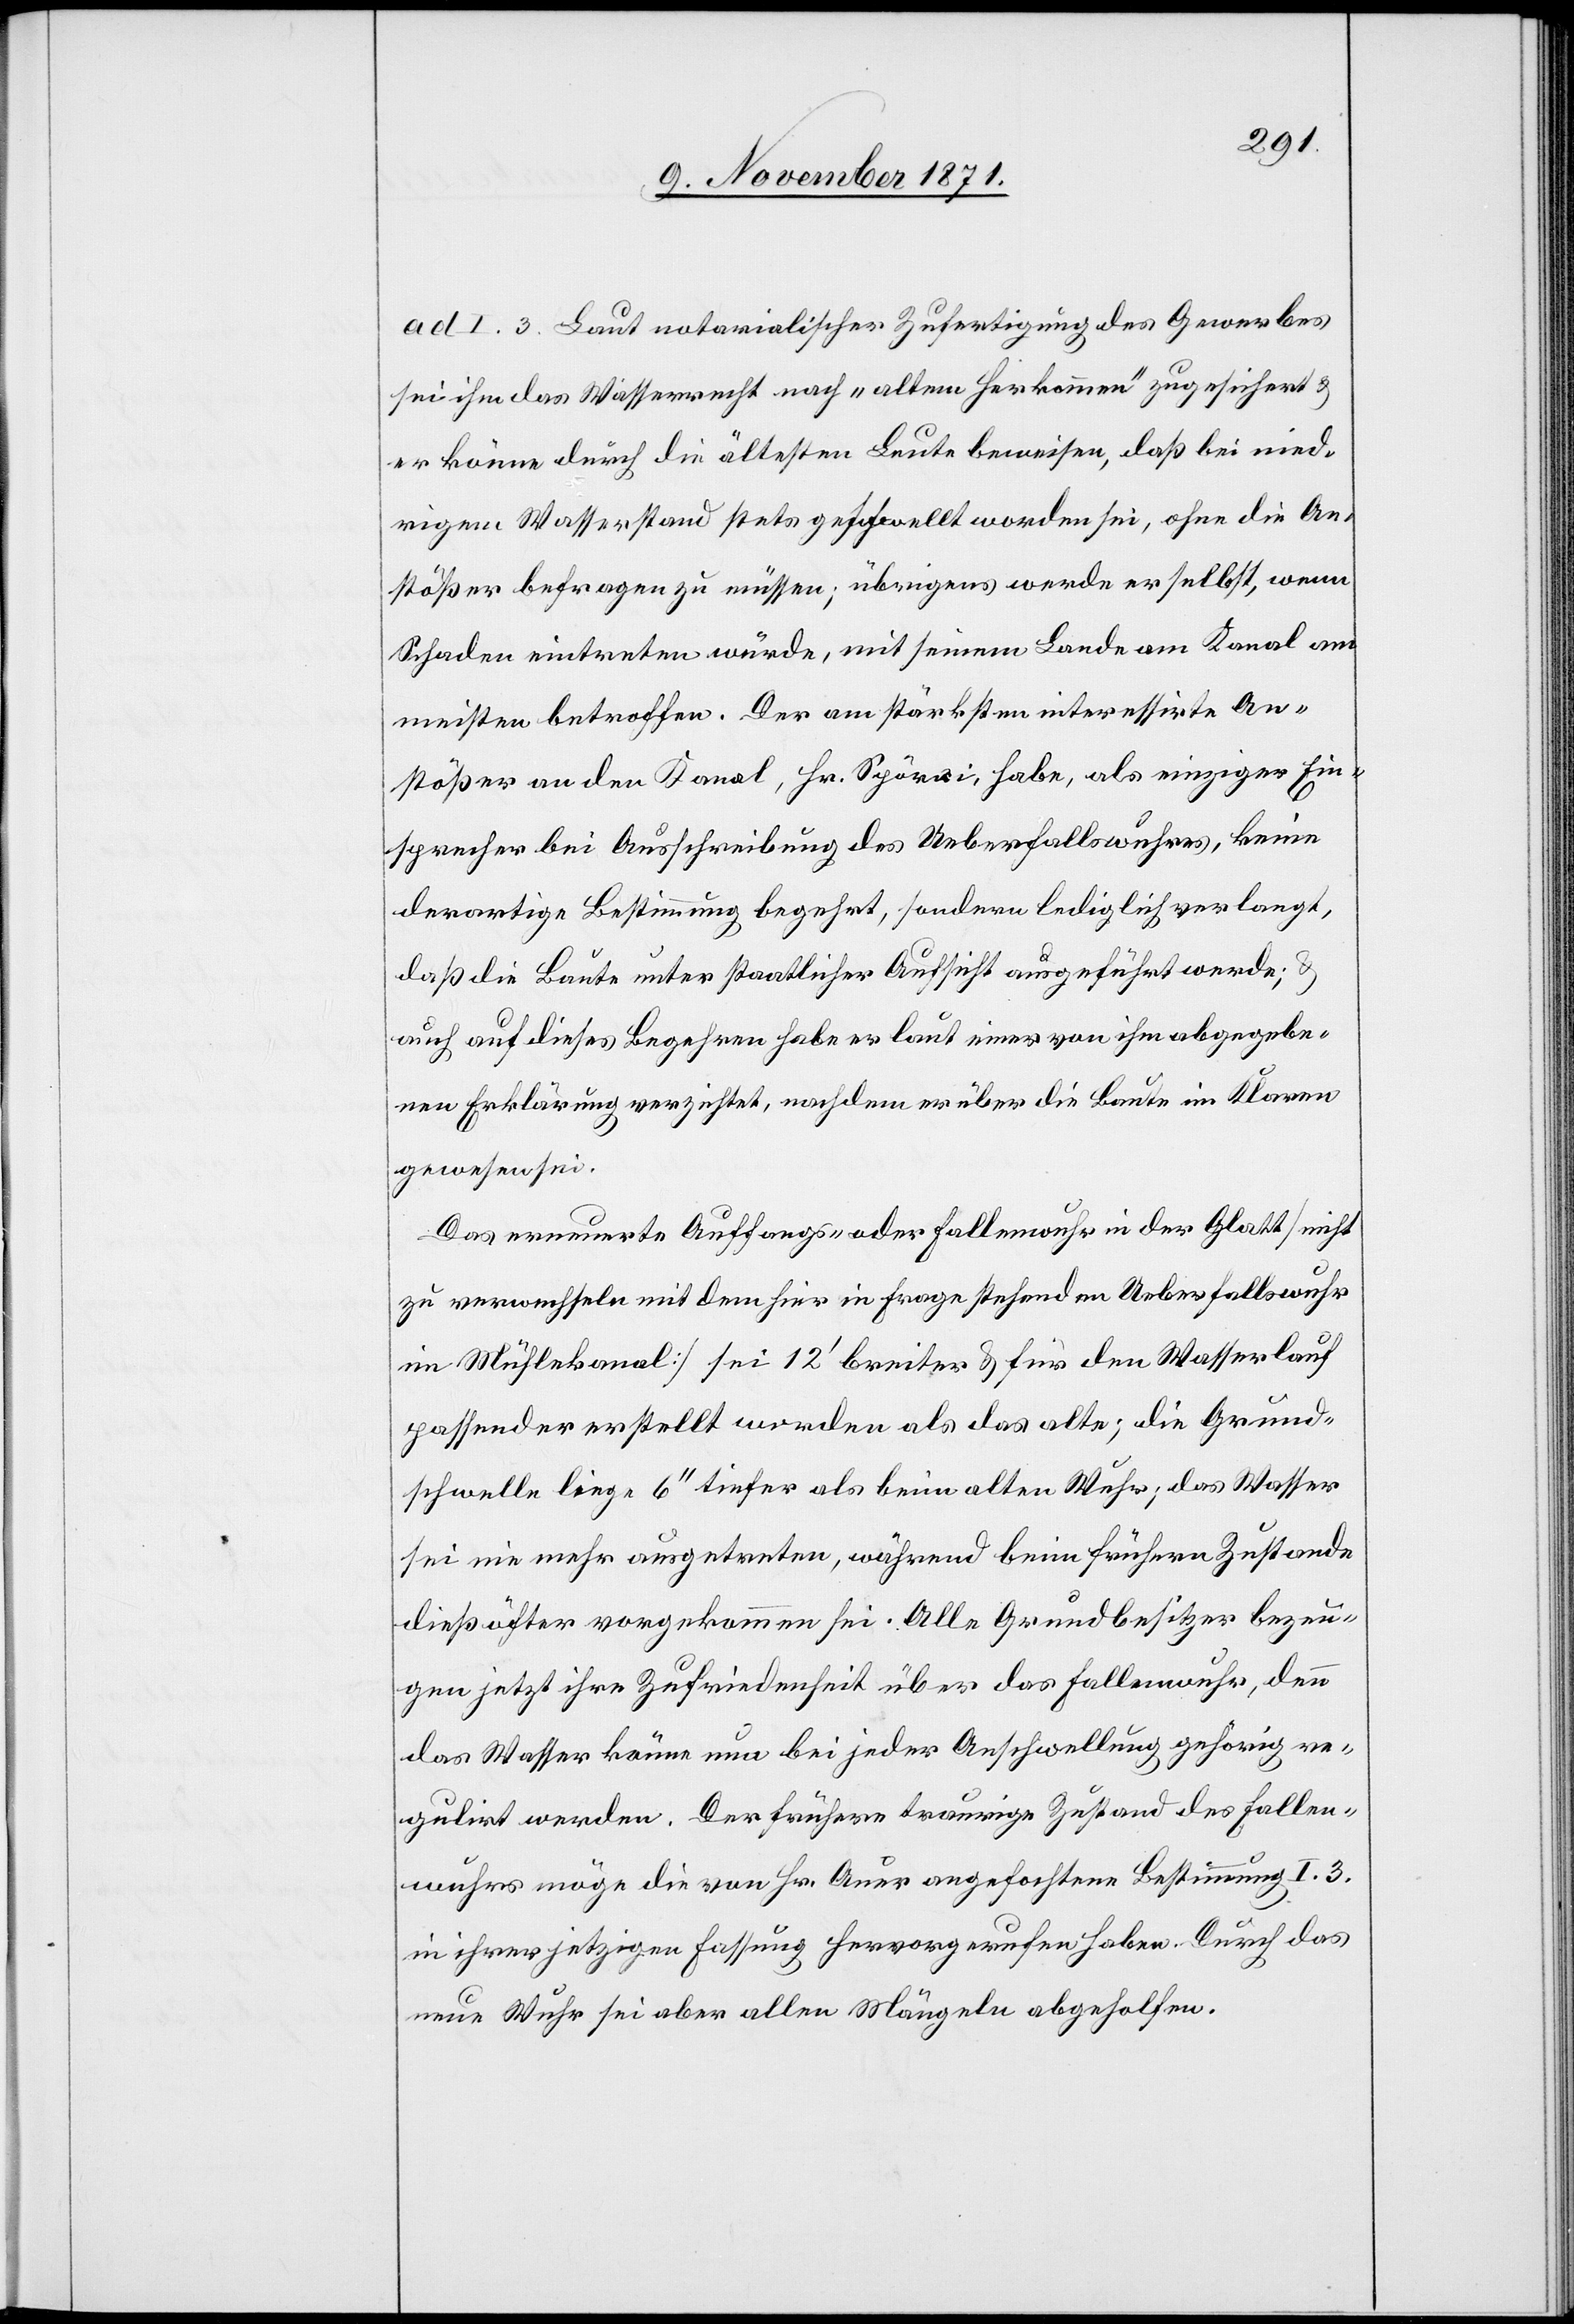
ad I. 3. Laut notarialischer Zufertigung des Gewerbes
sei ihm das Wasserrecht nach „alten Herkommen“ zugesichert &
er könne durch die ältesten Leute beweisen, daß bei nied¬
rigem Wasserstand stets geschwellt worden sei, ohne die An¬
stößer befragen zu müssen; übrigens werde er selbst, wenn
Schaden eintreten würde, mit seinem Lande am Kanal am
meisten betroffen. Der am stärksten interessirte An¬
stößer an den Kanal, Hr. Spörri, habe, als einziger Ein¬
sprecher bei Ausschreibung des Ueberfallwuhres, keine
derartige Bestimmung begehrt; sondern lediglich verlangt,
daß die Baute unter staatlicher Aufsicht ausgeführt werde;
auch auf dieses Begehren habe er laut einer von ihm abgegebe¬
nen Erklärung verzichtet, nachdem er über die Baute im Klaren
gewesen sei.
Das erneuerte Auffangs- oder Fallenwuhr in der Glatt [nicht
zu verwechseln mit dem hier in Frage stehenden Ueberfallswuhr
im Mühlenkanal] sei 12’ breiter & für den Wasserlauf
passender erstellt worden als das alte; die Grund¬
schwelle liege 6’’ tiefer als beim alten Wuhr; das Wasser
sei nie mehr ausgetreten, während beim frühern Zustande
dieß öfter vorgekommen sei. Alle Grundbesitzer bezeu¬
gen jetzt ihre Zufriedenheit über das Fallenwuhr, denn
das Wasser könne nun bei jeder Anschwellung gehörig re¬
gulirt werden. Der frühere traurige Zustand des Fallen¬
wuhrs möge die von Hr. Auer angefochtene Bestimmung I. 3.
in ihrer jetzigen Fassung hervorgerufen haben. Durch das
neue Wuhr sei aber allen Mängeln abgeholfen.